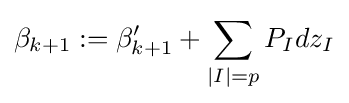
\beta _{k+1}:=\beta '_{k+1}+\sum _{|I|=p}P_{I}dz_{I}